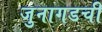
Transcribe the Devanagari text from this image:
जुनागडची